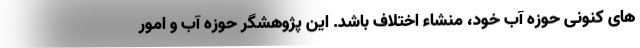
های کنونی حوزه آب خود، منشاء اختلاف باشد. این پژوهشگر حوزه آب و امور